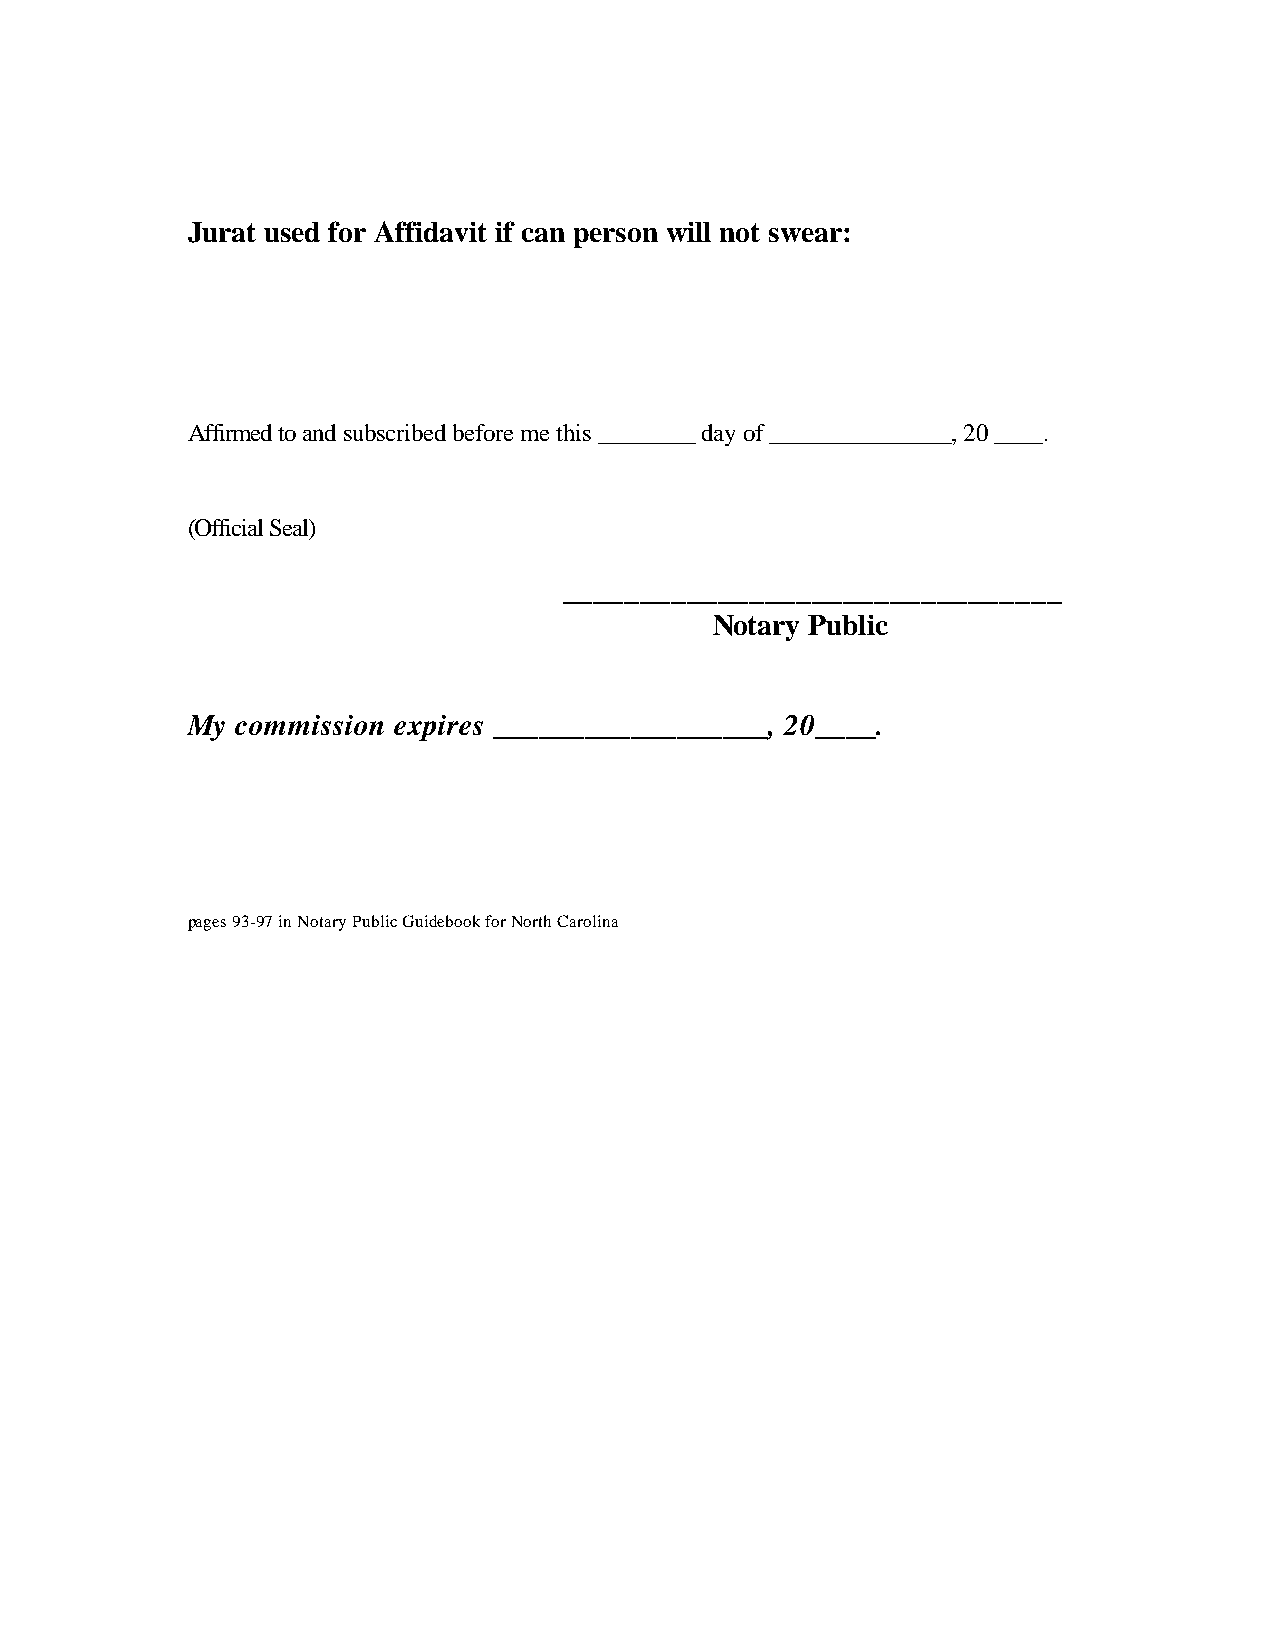
Jurat used for Affidavit if can person will not swear:
 Affirmed to and subscribed before me this ________ day of _______________, 20 ____.
 (Official Seal)
 ________________________________
 Notary Public
 My  commission expires __________________, 20____.
 pages 93-97 in Notary Public Guidebook for North Carolina